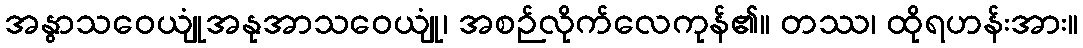
အနွာသဝေယျုံအနုအာသဝေယျုံ၊ အစဉ်လိုက်လေကုန်၏။ တဿ၊ ထိုရဟန်းအား။